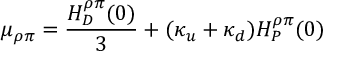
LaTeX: \mu _ { \rho \pi } = \frac { H _ { D } ^ { \rho \pi } ( 0 ) } { 3 } + ( \kappa _ { u } + \kappa _ { d } ) H _ { P } ^ { \rho \pi } ( 0 )